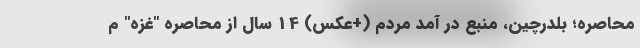
محاصره؛ بلدرچین، منبع در آمد مردم (+عکس) 14 سال از محاصره "غزه" م